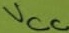
Text: VCC